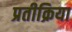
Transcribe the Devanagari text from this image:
प्रतीक्रिया